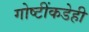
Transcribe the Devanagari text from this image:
गोष्टींकडेही